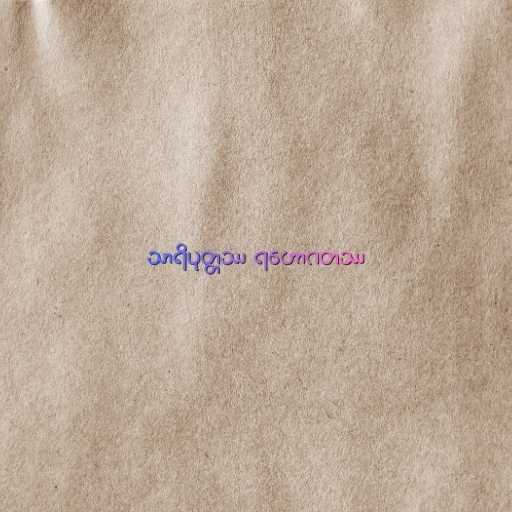
သာရိပုတ္တဿ ရဟောဂတဿ